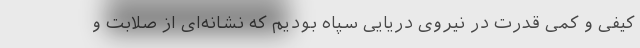
کیفی و کمی قدرت در نیروی دریایی سپاه بودیم که نشانه‌ای از صلابت و